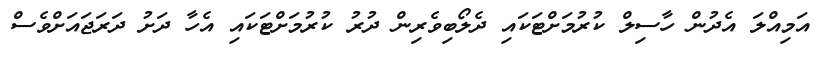
އަމިއްލަ އެދުން ހާސިލް ކުރުމަށްޓަކައި ދެލޯބިވެރިން ދުރު ކުރުމަށްޓަކައި އެހާ ދަށު ދަރަޖައަށްވެސް